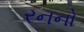
રનનો